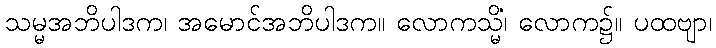
သမ္မအဘိပါဒက၊ အမောင်အဘိပါဒက။ လောကသ္မိံ၊ လောက၌။ ပထဗျာ၊